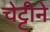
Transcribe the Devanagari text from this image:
चेट्टीने